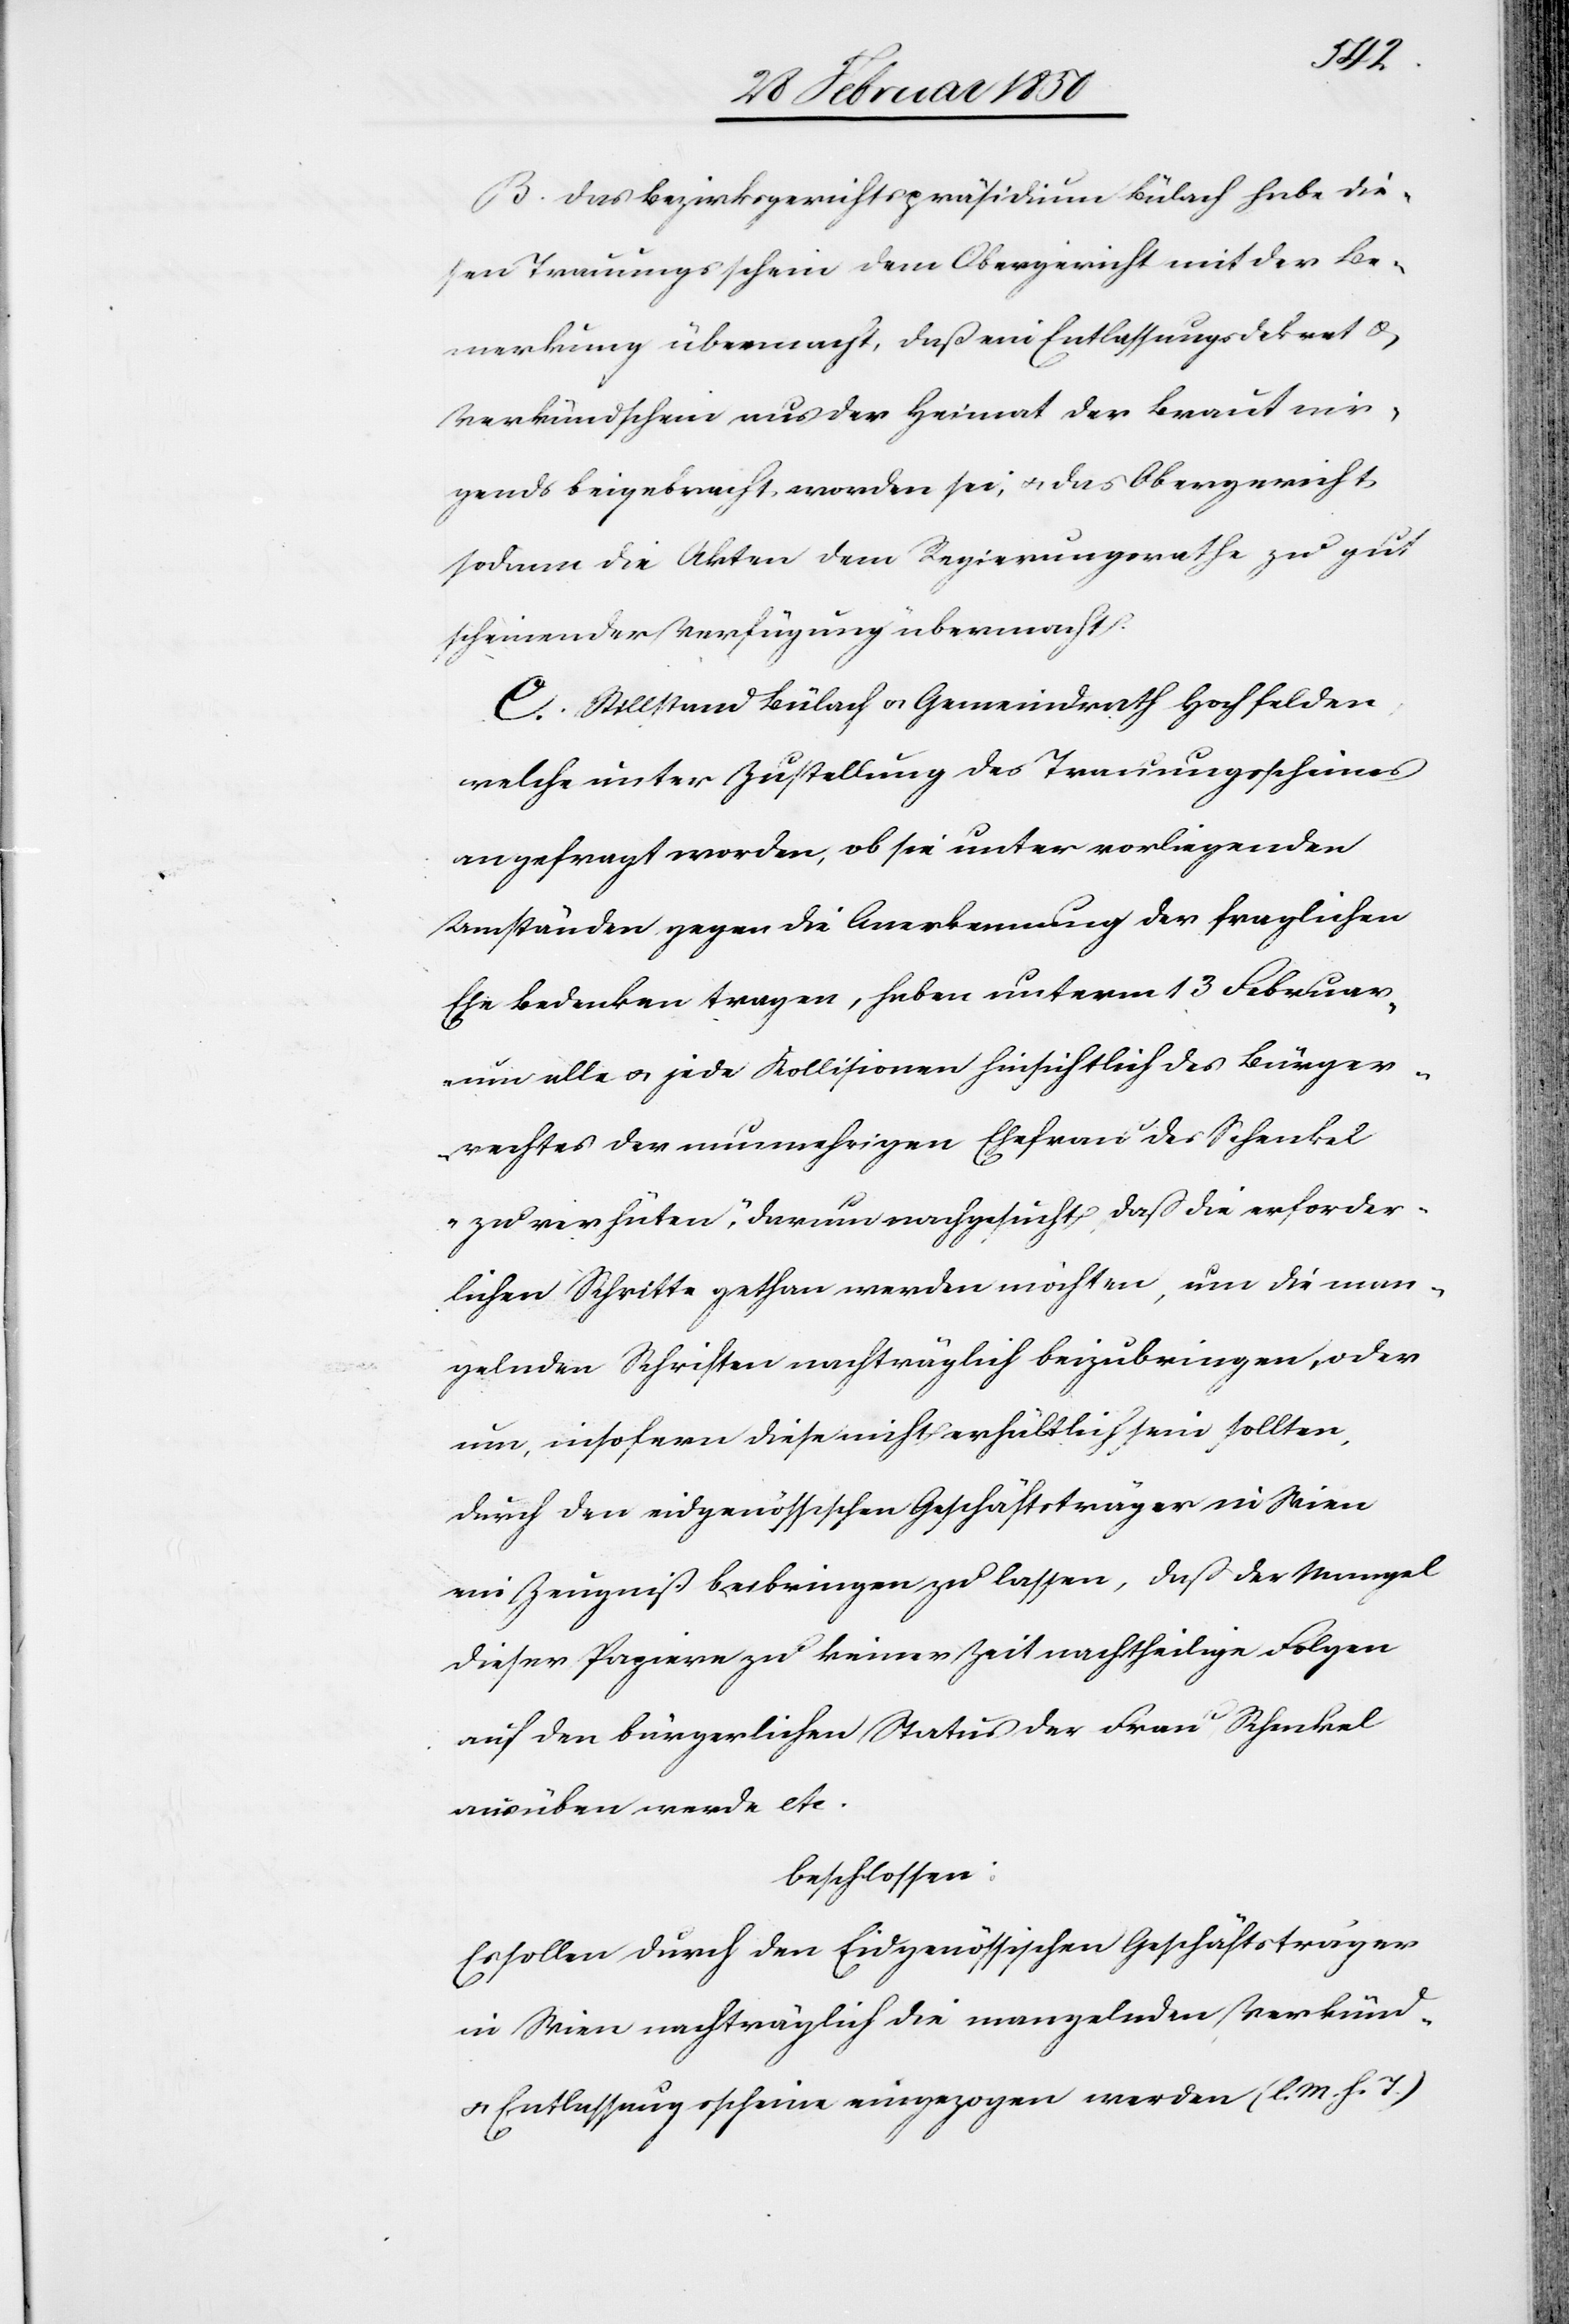
B. Das Bezirksgerichtspräsidium Bülach habe die¬
sen Trauungsschein dem Obergericht mit der Be¬
merkung übermacht, daß ein Entlassungsdekret u.
Verkündschein aus der Heimat der Braut nir¬
gends beigebracht worden sei, u. das Obergericht
sodann die Akten dem Regierungsrathe zu gut
scheinender Verfügung übermacht.
C. Stillstand Bülach u. Gemeindrath Hochfelden,
welche unter Zustellung des Trauungsscheines
angefragt worden, ob sie unter vorliegenden
Umständen gegen die Anerkennung der fraglichen
Ehe Bedenken tragen, haben unterm 13 Februar
„um alle u. jede Kollisionen hinsichtlich des Bürger¬
rechts der nunmehrigen Ehefrau des Schenkel
zu verhüten“, darum nachgesucht, daß die erforder¬
lichen Schritte gethan werden möchten, um die man¬
gelnden Schriften nachträglich beizubringen, oder
um, insofern diese nicht erhältlich sein sollten,
durch den eidgenössischen Geschäftsträger in Wien
ein Zeugniß beibringen zu lassen, daß der Mangel
dieser Papiere zu keiner Zeit nachtheilige Folgen
auf den bürgerlichen Status der Frau Schenkel
ausüben werde etc.
beschlossen:
Es sollen durch den Eidgenössischen Geschäftsträger
in Wien nachträglich die mangelnden Verkünd-
u. Entlassungsscheine eingezogen werden (l. M. h T.)